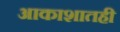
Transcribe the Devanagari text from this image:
आकाशातही